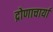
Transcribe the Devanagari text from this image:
द्रोणाचार्या